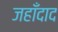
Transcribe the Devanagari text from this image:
जहाँदाद